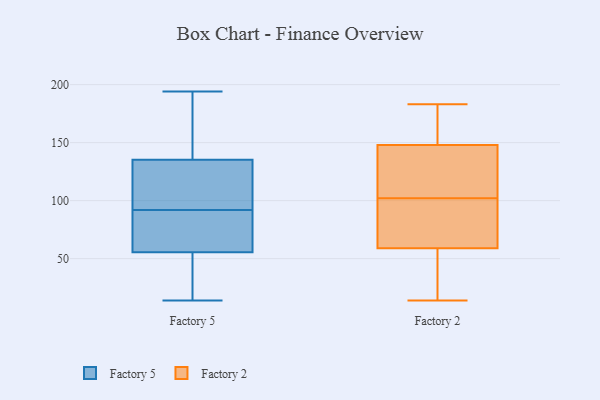
{"axis": {"x": "Website Visitors", "y": "Value"}, "legend": ["Factory 2", "Factory 5"], "data": [{"x": "", "y": 14, "type": "Factory 5"}, {"x": "", "y": 178, "type": "Factory 5"}, {"x": "", "y": 122, "type": "Factory 5"}, {"x": "", "y": 75, "type": "Factory 5"}, {"x": "", "y": 22, "type": "Factory 5"}, {"x": "", "y": 90, "type": "Factory 5"}, {"x": "", "y": 39, "type": "Factory 5"}, {"x": "", "y": 175, "type": "Factory 5"}, {"x": "", "y": 120, "type": "Factory 5"}, {"x": "", "y": 194, "type": "Factory 5"}, {"x": "", "y": 104, "type": "Factory 5"}, {"x": "", "y": 61, "type": "Factory 5"}, {"x": "", "y": 92, "type": "Factory 5"}, {"x": "", "y": 177, "type": "Factory 2"}, {"x": "", "y": 178, "type": "Factory 2"}, {"x": "", "y": 38, "type": "Factory 2"}, {"x": "", "y": 148, "type": "Factory 2"}, {"x": "", "y": 79, "type": "Factory 2"}, {"x": "", "y": 135, "type": "Factory 2"}, {"x": "", "y": 16, "type": "Factory 2"}, {"x": "", "y": 114, "type": "Factory 2"}, {"x": "", "y": 72, "type": "Factory 2"}, {"x": "", "y": 67, "type": "Factory 2"}, {"x": "", "y": 120, "type": "Factory 2"}, {"x": "", "y": 182, "type": "Factory 2"}, {"x": "", "y": 28, "type": "Factory 2"}, {"x": "", "y": 183, "type": "Factory 2"}, {"x": "", "y": 127, "type": "Factory 2"}, {"x": "", "y": 90, "type": "Factory 2"}, {"x": "", "y": 14, "type": "Factory 2"}, {"x": "", "y": 59, "type": "Factory 2"}]}